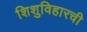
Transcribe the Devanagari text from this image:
शिशुविहारची